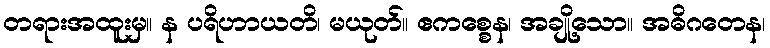
တရားအထူးမှ။ န ပရိဟာယတိ၊ မယုတ်။ ဧကစ္စေန၊ အချို့သော။ အဓိဂတေန၊